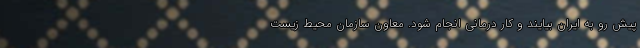
پیش رو به ایران بیایند و کار درمانی انجام شود. معاون سازمان محیط زیست